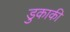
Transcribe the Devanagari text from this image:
डुकाकी